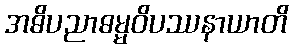
အဓိပညာဓမ္မဝိပဿနာယာတိ